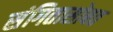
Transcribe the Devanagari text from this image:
संगितासोबत